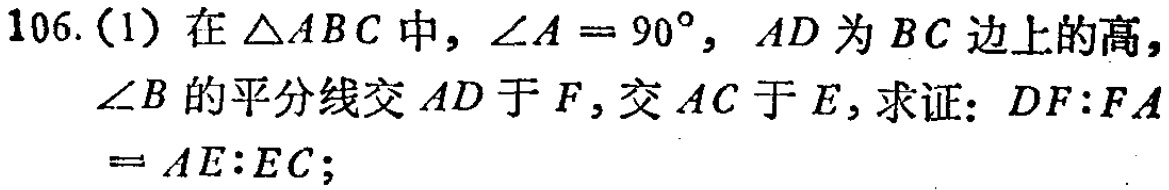
106. (1) 在$\triangle ABC$中，$\angle A = 90^{\circ}$，$AD$为$BC$边上的高，$\angle B$的平分线交$AD$于$F$，交$AC$于$E$，求证：$DF:FA = AE:EC$；